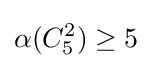
\alpha (C_{5}^{2})\geq 5